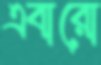
এবারো